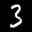
Label: 3